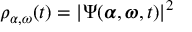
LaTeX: \rho _ { \alpha , \omega } ( t ) = | \Psi ( { \boldsymbol { \alpha } } , { \boldsymbol { \omega } } , t ) | ^ { 2 }